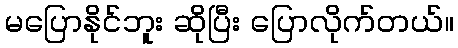
မပြောနိုင်ဘူး ဆိုပြီး ပြောလိုက်တယ်။